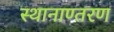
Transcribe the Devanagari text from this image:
स्थानाण्तरण